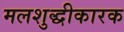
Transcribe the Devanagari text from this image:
मलशुद्धीकारक